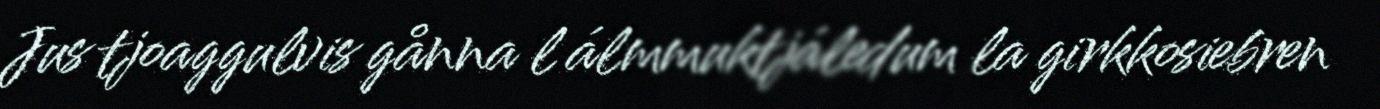
Jus tjoaggulvis gånna l álmmuktjáledum la girkkosiebren